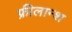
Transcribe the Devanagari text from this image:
फ्रीलान्श